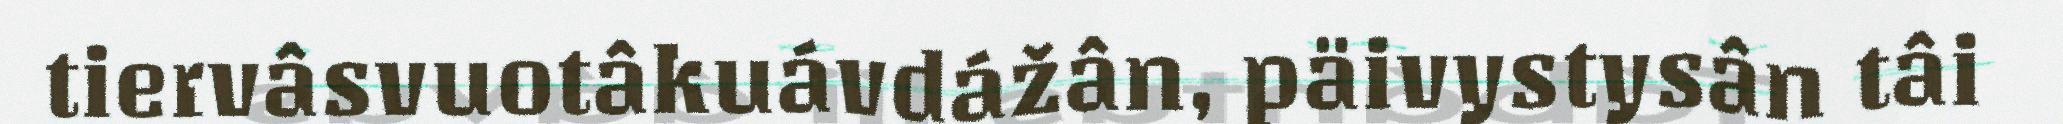
tiervâsvuotâkuávdážân, päivystysân tâi